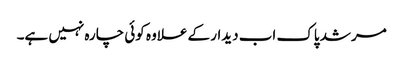
مرشد پاک اب دیدار کے علاوہ کوئی چارہ نہیں ہے۔